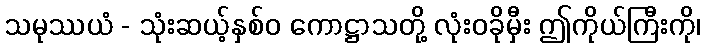
သမုဿယံ - သုံးဆယ့်နှစ်ဝ ကောဋ္ဌာသတို့ လုံးဝခိုမှီး ဤကိုယ်ကြီးကို၊